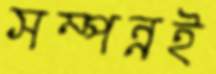
সম্পন্নই